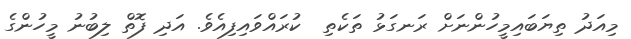
މިއަދު ތިޔަބައިމީހުންނަށް ރަނގަޅު ތަކެތި  ކުރައްވައިފިއެވެ. އަދި ފޮތް ލިބުނު މީހުންގެ